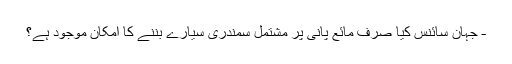
- جہان سائنس کیا صرف مائع پانی پر مشتمل سمندری سیارے بننے کا امکان موجود ہے؟